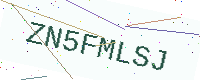
Text: ZN5FMLSJ